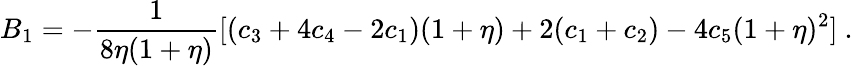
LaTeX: B_{1}=-\frac{1}{8\eta(1+\eta)}[(c_{3}+4c_{4}-2c_{1})(1+\eta)+2(c_{1}+c_{2})-4c_{5}(1+\eta)^{2}]\ .